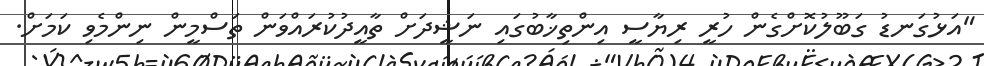
"އަޅުގަނޑު ގަބޫލުކޮށްގެން ހުރީ ރިޔާސީ އިންތިޚާބުގައި ނަޝީދަށް ތާއީދުކުރައްވަން ތަސްމީން ނިންމެވި ކަމަށް.